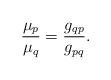
LaTeX: \begin{align*}\frac{\mu_p}{\mu_q} = \frac{g_{qp}}{g_{pq}}.\end{align*}